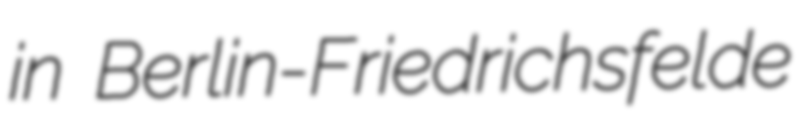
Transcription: in Berlin-Friedrichsfelde